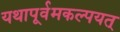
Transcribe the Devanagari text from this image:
यथापूर्वमकल्पयत्